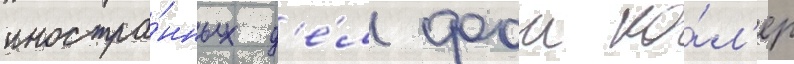
иностра́нных д'е́л фои ко́л'ер